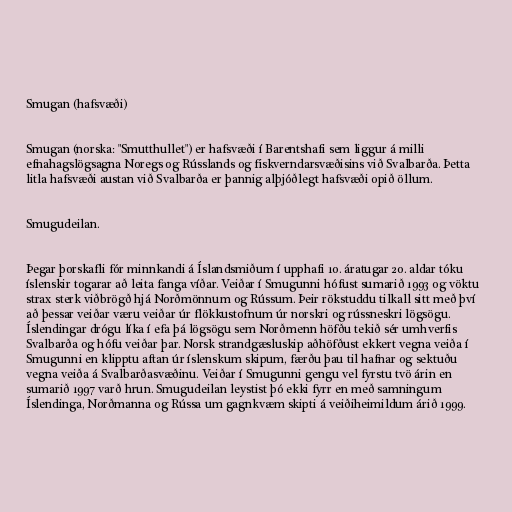
Smugan (hafsvæði)

Smugan (norska: "Smutthullet") er hafsvæði í Barentshafi sem liggur á milli
efnahagslögsagna Noregs og Rússlands og fiskverndarsvæðisins við Svalbarða. Þetta
litla hafsvæði austan við Svalbarða er þannig alþjóðlegt hafsvæði opið öllum.

Smugudeilan.

Þegar þorskafli fór minnkandi á Íslandsmiðum í upphafi 10. áratugar 20. aldar tóku
íslenskir togarar að leita fanga víðar. Veiðar í Smugunni hófust sumarið 1993 og vöktu
strax sterk viðbrögð hjá Norðmönnum og Rússum. Þeir rökstuddu tilkall sitt með því
að þessar veiðar væru veiðar úr flökkustofnum úr norskri og rússneskri lögsögu.
Íslendingar drógu líka í efa þá lögsögu sem Norðmenn höfðu tekið sér umhverfis
Svalbarða og hófu veiðar þar. Norsk strandgæsluskip aðhöfðust ekkert vegna veiða í
Smugunni en klipptu aftan úr íslenskum skipum, færðu þau til hafnar og sektuðu
vegna veiða á Svalbarðasvæðinu. Veiðar í Smugunni gengu vel fyrstu tvö árin en
sumarið 1997 varð hrun. Smugudeilan leystist þó ekki fyrr en með samningum
Íslendinga, Norðmanna og Rússa um gagnkvæm skipti á veiðiheimildum árið 1999.